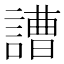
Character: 䜊